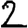
Digit: 2